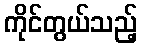
ကိုင်တွယ်သည့်